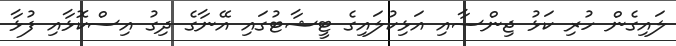
ލައިގެން ހުރި ކަޅު ޖިންސާއި އަޅިކުލައިގެ ޓީޝާޓުގައި އޭނާގެ ދިގު އިސްކޮޅާއި ފުޅާ